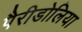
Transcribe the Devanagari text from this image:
पैरीडोलिया